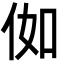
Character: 侞